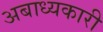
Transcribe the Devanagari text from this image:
अबाध्यकारी